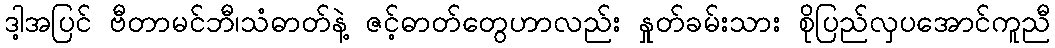
ဒါ့အပြင် ဗီတာမင်ဘီ၊သံဓာတ်နဲ့ ဇင့်ဓာတ်တွေဟာလည်း နှုတ်ခမ်းသား စိုပြည်လှပအောင်ကူညီ